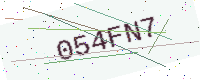
Text: 054FN7